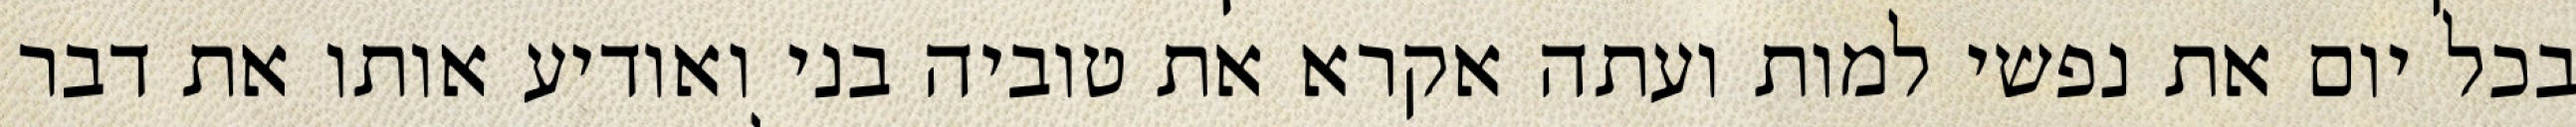
בכל יום את נפשי למות ועתה אקרא את טוביה בני ואודיע אותו את דבר